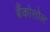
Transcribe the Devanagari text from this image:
बैंकोसोल